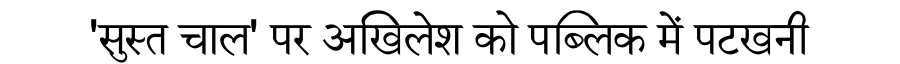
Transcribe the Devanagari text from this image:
'सुस्त चाल' पर अखिलेश को पब्लिक में पटखनी